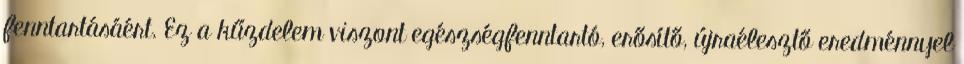
fenntartásáért. Ez a kűzdelem viszont egészségfenntartó, erősítő, újraélesztő eredménnyel